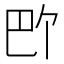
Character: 𪩬